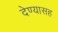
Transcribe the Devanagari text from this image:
देण्‍यासह